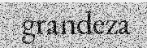
grandeza